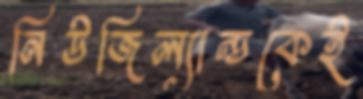
নিউজিল্যান্ডকেই